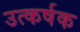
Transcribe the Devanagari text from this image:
उत्कर्षक